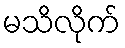
မသိလိုက်